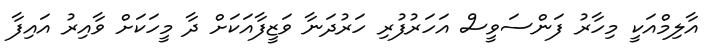
އާލިމްއަކީ މިހާރު ފަންސަވީސް އަހަރުފުރި ހަރުދަނާ ވަޒީފާއަކަށް ދާ މީހަކަށް ވާއިރު އައިފާ